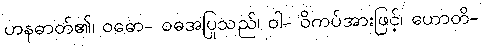
ဟနဓာတ်၏၊ ဝဓော- ဝဓအပြုသည်၊ ဝါ- ဝိကပ်အားဖြင့်၊ ဟောတိ-